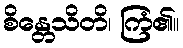
စိန္တေသိတိ၊ ကြံ၏။